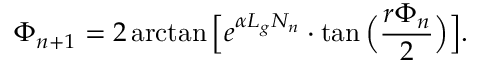
\Phi _ { n + 1 } = 2 \arctan \Big [ e ^ { \alpha L _ { g } N _ { n } } \cdot \tan \Big ( \frac { r \Phi _ { n } } { 2 } \Big ) \Big ] .